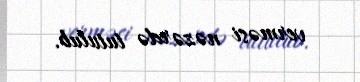
verməsi nəzərdə tutulub.